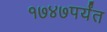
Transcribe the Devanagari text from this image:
१७४७पर्यंत